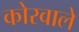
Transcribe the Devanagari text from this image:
कोरवाले